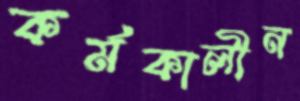
কর্মকালীন